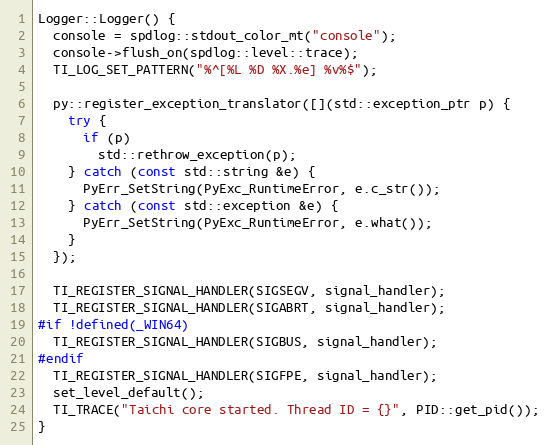
Language: C++
Logger::Logger() {
  console = spdlog::stdout_color_mt("console");
  console->flush_on(spdlog::level::trace);
  TI_LOG_SET_PATTERN("%^[%L %D %X.%e] %v%$");

  py::register_exception_translator([](std::exception_ptr p) {
    try {
      if (p)
        std::rethrow_exception(p);
    } catch (const std::string &e) {
      PyErr_SetString(PyExc_RuntimeError, e.c_str());
    } catch (const std::exception &e) {
      PyErr_SetString(PyExc_RuntimeError, e.what());
    }
  });

  TI_REGISTER_SIGNAL_HANDLER(SIGSEGV, signal_handler);
  TI_REGISTER_SIGNAL_HANDLER(SIGABRT, signal_handler);
#if !defined(_WIN64)
  TI_REGISTER_SIGNAL_HANDLER(SIGBUS, signal_handler);
#endif
  TI_REGISTER_SIGNAL_HANDLER(SIGFPE, signal_handler);
  set_level_default();
  TI_TRACE("Taichi core started. Thread ID = {}", PID::get_pid());
}